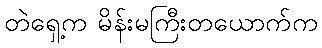
တဲရှေ့က မိန်းမကြီးတယောက်က